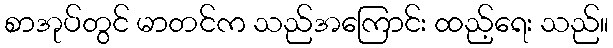
စာအုပ်တွင် မာတင်က သည်အကြောင်း ထည့်ရေး သည်။